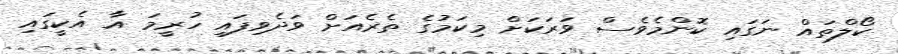
ކޯލްތައް ނަގައި ކޮންމެވެސް ވަރަކަށް މިކަމުގެ ތެރެއަށް ވަދެވިފައި ހުރީމަ އާ އެކީގައި